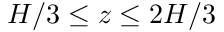
H / 3 \leq z \leq 2 H / 3